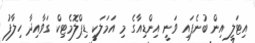
އިޓަލީ އިން ބުނެފައި ވަނީ އިންޑިއާގެ މި އަމަލަކީ ޑިޕްލޮމެޓިކް ގަވާއިދާ ހިލާފު